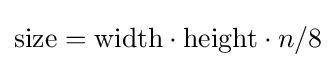
{\text{size}}={\text{width}}\cdot {\text{height}}\cdot n/8